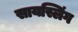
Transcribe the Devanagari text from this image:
सायस्लिंग